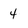
Character: 4